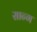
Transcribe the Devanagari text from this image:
सान्ग